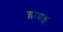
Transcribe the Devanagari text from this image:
ग्लाइड्स